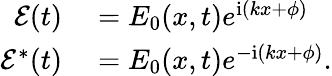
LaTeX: \begin{array}{rl}{\mathcal{E}(t)}&{{}=E_{0}(x,t)e^{\mathrm{{i}}(kx+\phi)}}\\ {\mathcal{E}^{*}(t)}&{{}=E_{0}(x,t)e^{-\mathrm{{i}}(kx+\phi)}.}\end{array}